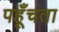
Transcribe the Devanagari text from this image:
पहूँचता